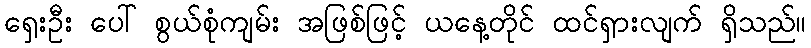
ရှေးဦး ပေါ် စွယ်စုံကျမ်း အဖြစ်ဖြင့် ယနေ့တိုင် ထင်ရှားလျက် ရှိသည်။